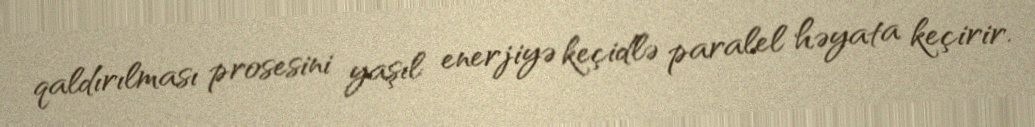
qaldırılması prosesini yaşıl enerjiyə keçidlə paralel həyata keçirir.